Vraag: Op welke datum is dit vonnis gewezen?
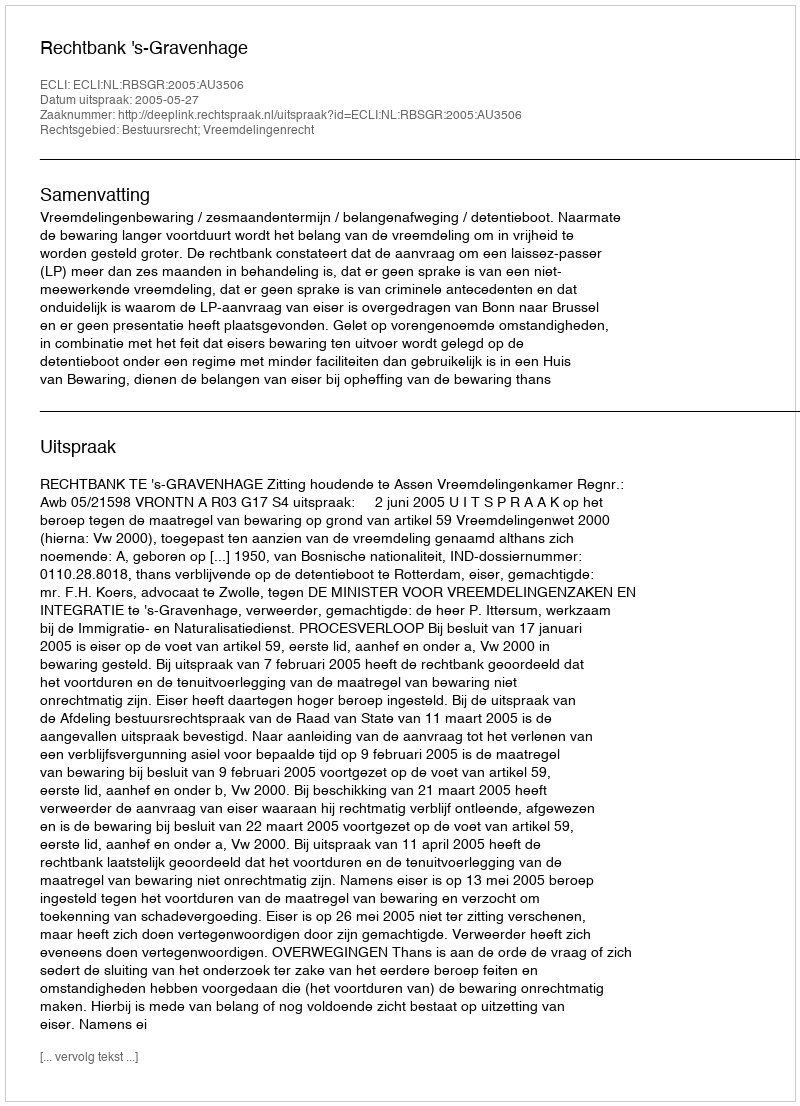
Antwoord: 2005-05-27